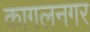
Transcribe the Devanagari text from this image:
कागलनगर